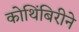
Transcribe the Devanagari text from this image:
कोथिंबिरीने